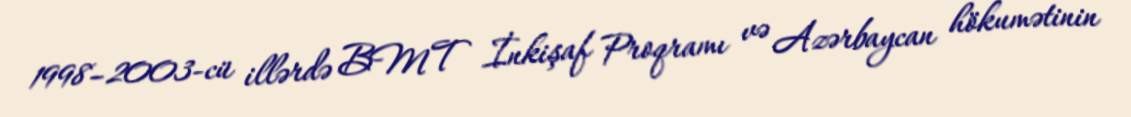
1998–2003-cü illərdə BMT İnkişaf Proqramı və Azərbaycan hökumətinin